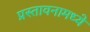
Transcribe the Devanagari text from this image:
प्रस्तावनामध्ये